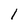
Character: 1